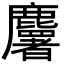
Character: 𪋰